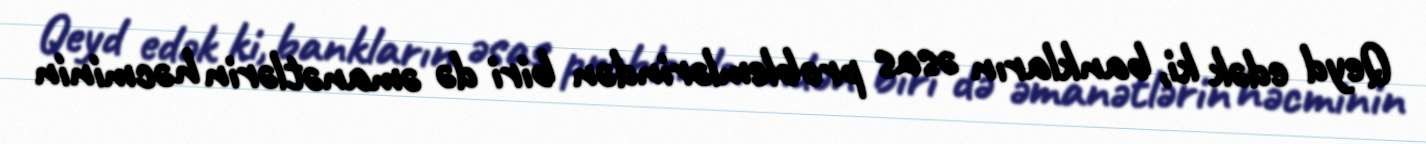
Qeyd edək ki, bankların əsas problemlərindən biri də əmanətlərin həcminin